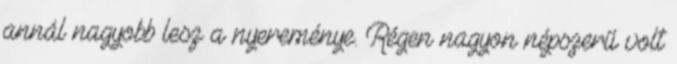
annál nagyobb lesz a nyereménye. Régen nagyon népszerű volt